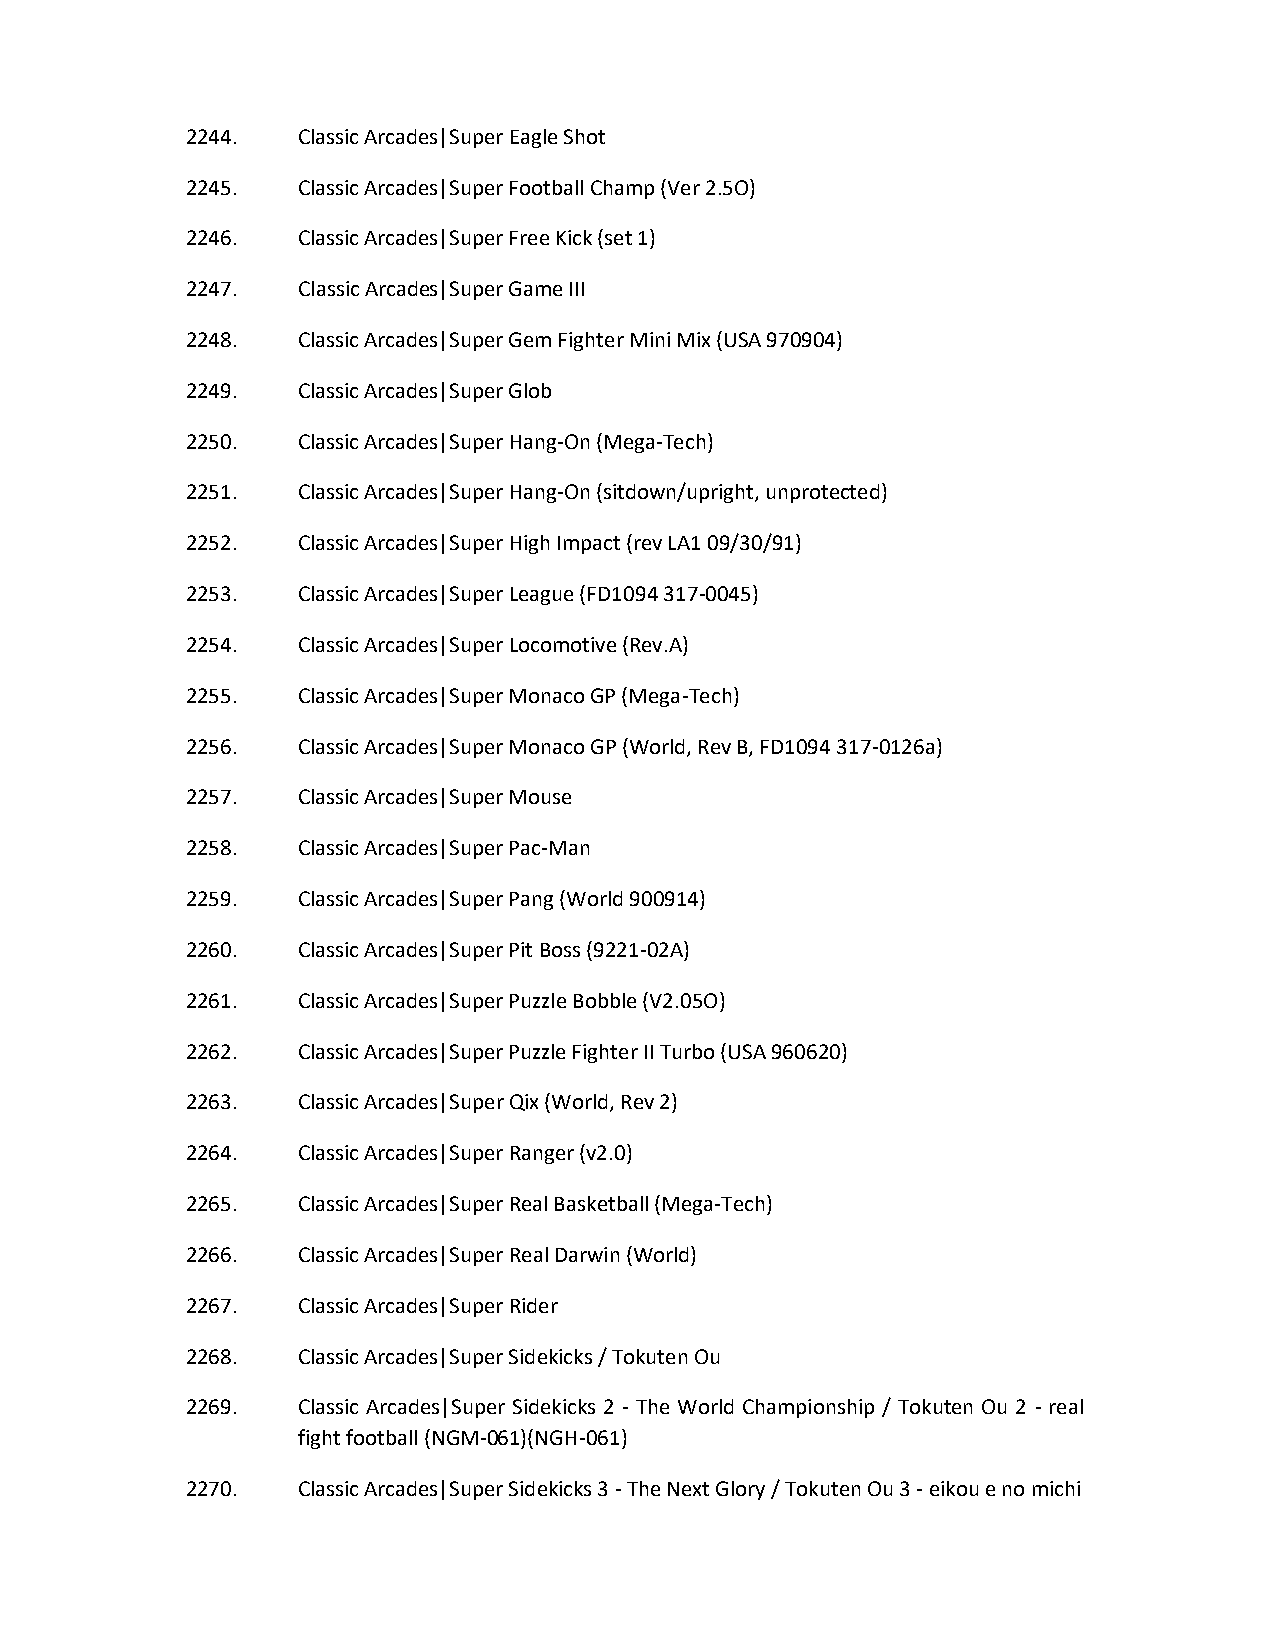
2244.   Classic Arcades|Super Eagle Shot
 2245.   Classic Arcades|Super Football Champ (Ver 2.5O)
 2246.   Classic Arcades|Super Free Kick (set 1)
 2247.   Classic Arcades|Super Game III
 2248.   Classic Arcades|Super Gem Fighter Mini Mix (USA 970904)
 2249.   Classic Arcades|Super Glob
 2250.   Classic Arcades|Super Hang-On (Mega-Tech)
 2251.   Classic Arcades|Super Hang-On (sitdown/upright, unprotected)
 2252.   Classic Arcades|Super High Impact (rev LA1 09/30/91)
 2253.   Classic Arcades|Super League (FD1094 317-0045)
 2254.   Classic Arcades|Super Locomotive (Rev.A)
 2255.   Classic Arcades|Super Monaco GP (Mega-Tech)
 2256.   Classic Arcades|Super Monaco GP (World, Rev B, FD1094 317-0126a)
 2257.   Classic Arcades|Super Mouse
 2258.   Classic Arcades|Super Pac-Man
 2259.   Classic Arcades|Super Pang (World 900914)
 2260.   Classic Arcades|Super Pit Boss (9221-02A)
 2261.   Classic Arcades|Super Puzzle Bobble (V2.05O)
 2262.   Classic Arcades|Super Puzzle Fighter II Turbo (USA 960620)
 2263.   Classic Arcades|Super Qix (World, Rev 2)
 2264.   Classic Arcades|Super Ranger (v2.0)
 2265.   Classic Arcades|Super Real Basketball (Mega-Tech)
 2266.   Classic Arcades|Super Real Darwin (World)
 2267.   Classic Arcades|Super Rider
 2268.   Classic Arcades|Super Sidekicks / Tokuten Ou
 2269.   Classic Arcades|Super Sidekicks 2 - The World Championship / Tokuten Ou 2 - real
 fight football (NGM-061)(NGH-061)
 2270.   Classic Arcades|Super Sidekicks 3 - The Next Glory / Tokuten Ou 3 - eikou e no michi